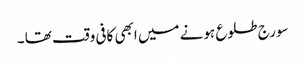
سورج طلوع ہونے میں ابھی کافی وقت تھا ۔